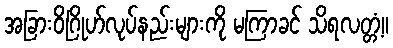
အခြားဝိဂြိုဟ်လုပ်နည်းများကို မကြာခင် သိရလတ္တံ့။